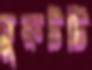
চুরুটটি